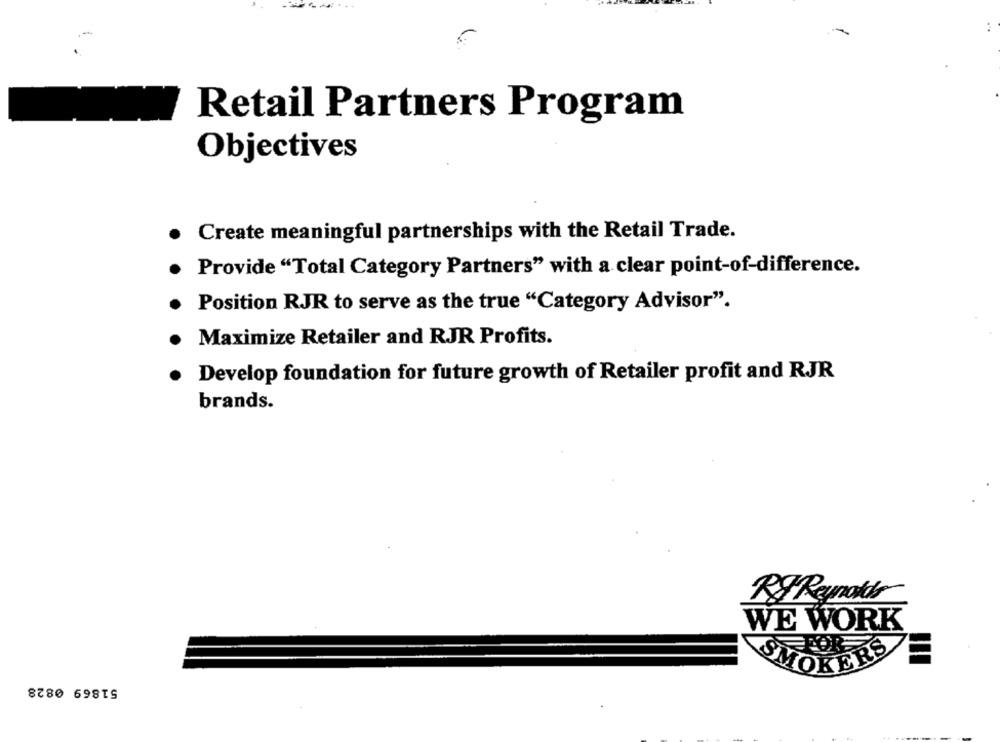
.-
Retail Partners Program
Objectives
Create meaningful partnerships with the Retail Trade.
Provide "Total Category Partners" with a clear point-of-difference.
Position RJR to serve as the true "Category Advisor".
Maximize Retailer and RJR Profits.
Develop foundation for future growth of Retailer profit and RJR
brands.
RJ Reynolds
WE WORK
51869 0828